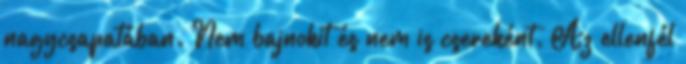
nagycsapatában. Nem bajnokit és nem is csereként. Az ellenfél